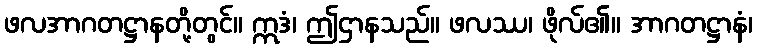
ဖလအာဂတဋ္ဌာနတို့တွင်။ ဣဒံ၊ ဤဌာနသည်။ ဖလဿ၊ ဖိုလ်၏။ အာဂတဋ္ဌာနံ၊